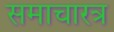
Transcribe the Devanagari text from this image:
समाचारत्र